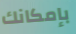
بإمكانك